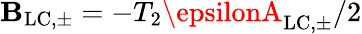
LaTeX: \mathbf{B}_{\mathrm{{LC,\pm}}}=-T_{2}\epsilonA_{\mathrm{{LC,\pm}}}/2